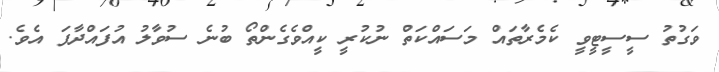
ވަގުތު ސީސީޓީވީ ކެމެރާތައް މަސައްކަތް ނުކުރީ ކީއްވެގެންތޯ ބުނެ ސުވާލު އުފައްދާފަ އެވެ.